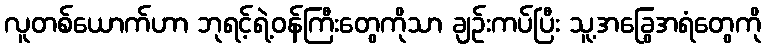
လူတစ်ယောက်ဟာ ဘုရင့်ရဲ့ဝန်ကြီးတွေကိုသာ ချဉ်းကပ်ပြီး သူ့အခြွေအရံတွေကို